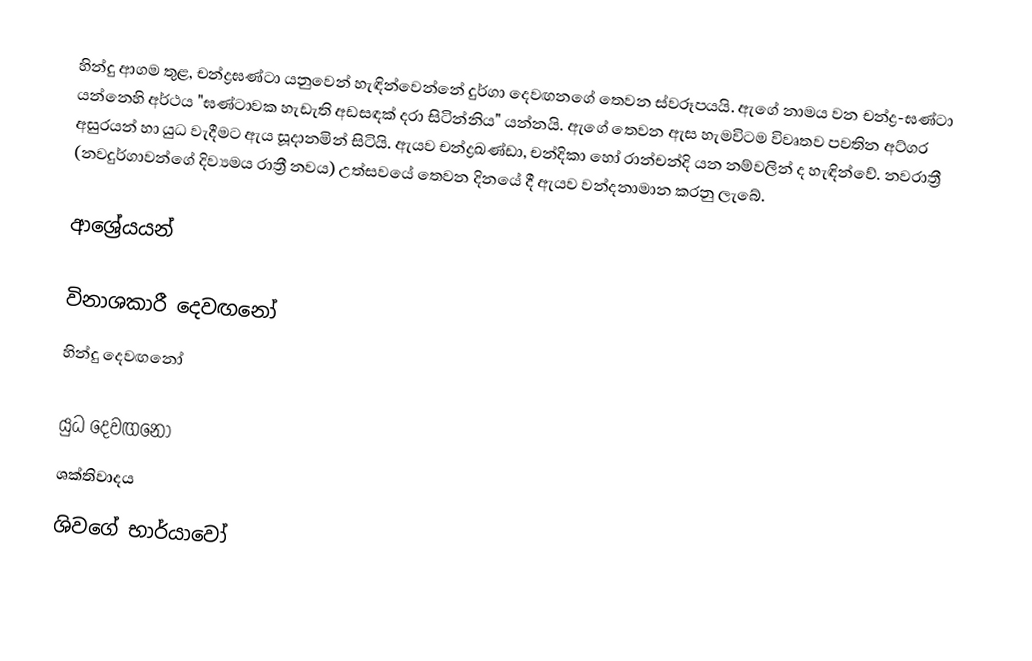
හින්දු ආගම තුළ, චන්ද්‍රඝණ්ටා යනුවෙන් හැඳින්වෙන්නේ දුර්ගා දෙවඟනගේ තෙවන ස්වරූපයයි. ඇගේ නාමය වන චන්ද්‍ර-ඝණ්ටා යන්නෙහි අර්ථය "ඝණ්ටාවක හැඩැති අඩසඳක් දරා සිටින්නිය" යන්නයි. ඇගේ තෙවන ඇස හැමවිටම විවෘතව පවතින අට්ගර අසුරයන් හා යුධ වැදීමට ඇය සූදානමින් සිටියි. ඇයව චන්ද්‍රඛණ්ඩා, චන්දිකා හෝ රාන්චන්දි යන නම්වලින් ද හැඳින්වේ. නවරාත්‍රී (නවදුර්ගාවන්ගේ දිව්‍යමය රාත්‍රී නවය) උත්සවයේ තෙවන දිනයේ දී ඇයව වන්දනාමාන කරනු ලැබේ.

ආශ්‍රේයයන්

විනාශකාරී දෙවඟනෝ
හින්දු දෙවඟනෝ

යුධ දෙවඟනෝ
ශක්තිවාදය
ශිවගේ භාර්යාවෝ